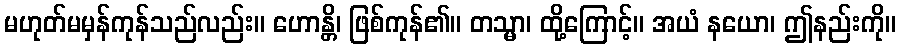
မဟုတ်မမှန်ကုန်သည်လည်း။ ဟောန္တိ၊ ဖြစ်ကုန်၏။ တသ္မာ၊ ထို့ကြောင့်။ အယံ နယော၊ ဤနည်းကို။